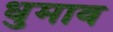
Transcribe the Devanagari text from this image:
धुमाव